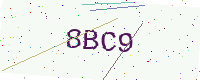
Text: 8BC9